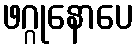
ဖဂ္ဂုနောပေ